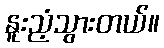
နူးညံ့သွားတယ်။